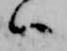
ハ